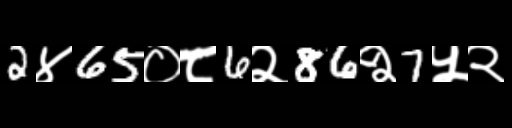
Text: 2४65०८6२86२7५२